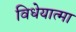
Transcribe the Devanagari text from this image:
विधेयात्मा